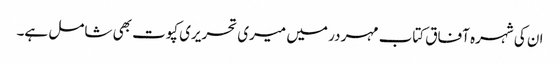
ان کی شہرہ آفاق کتاب مہر در میں میری تحریری کپوت بھی شامل ہے۔